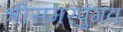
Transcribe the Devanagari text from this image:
श्रीसमरपुंगव